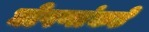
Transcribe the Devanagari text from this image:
घोषणांकडे